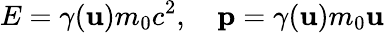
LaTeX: E=\gamma(\mathbf{u})m_{0}c^{2},\quad\mathbf{p}=\gamma(\mathbf{u})m_{0}\mathbf{u}